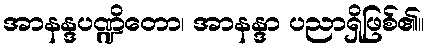
အာနန္ဒပဏ္ဍိတော၊ အာနန္ဒာ ပညာရှိဖြစ်၏။